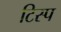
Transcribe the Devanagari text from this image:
टिस्प